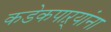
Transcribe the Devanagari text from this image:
कडेकपाऱ्यांना